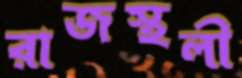
রাজস্থলী